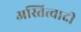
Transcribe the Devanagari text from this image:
अस्तित्वादी